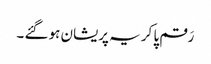
رَقم پا کر یہ پریشان ہو گئے ۔